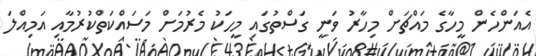
އެއަންހެން މީހާގެ މައްޗަށް މިހާރު ވަނީ ގަސްތުގައި މީހަކު މެރުމަށް މަސައްކަތްކުރުމާއި އަމިއްލަ